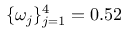
\{ \omega _ { j } \} _ { j = 1 } ^ { 4 } = 0 . 5 2